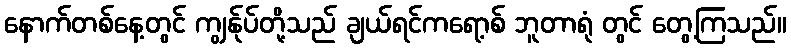
နောက်တစ်နေ့တွင် ကျွန်ုပ်တို့သည် ချယ်ရင်ကရော့စ် ဘူတာရုံ တွင် တွေ့ကြသည်။